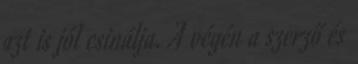
azt is jól csinálja. A végén a szerző és